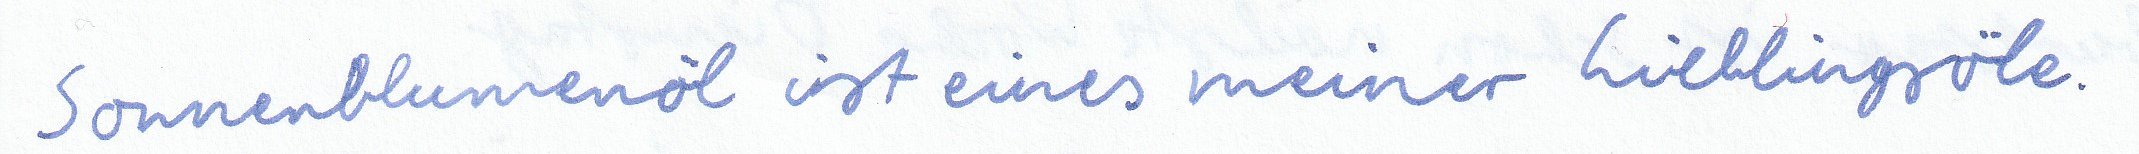
Sonnenblumenöl ist eines meiner Lieblingsöle.